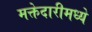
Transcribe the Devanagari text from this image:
मक्तेदारीमध्ये